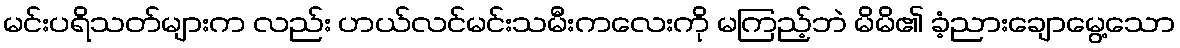
မင်းပရိသတ်များက လည်း ဟယ်လင်မင်းသမီးကလေးကို မကြည့်ဘဲ မိမိ၏ ခံ့ညားချောမွေ့သော